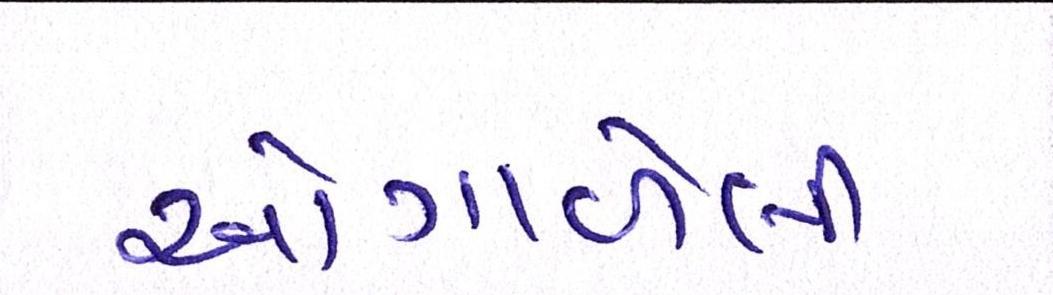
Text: ઓગાળેલી